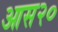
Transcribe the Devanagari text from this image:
आस२०